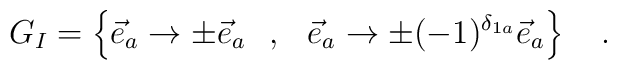
G_I=\left\{\vec{e}_a\rightarrow\pm\vec{e}_a\hspace{0.3cm},\hspace{0.3cm}\vec{e}_a\rightarrow\pm (-1)^{\delta_{1a}}\vec{e}_a \right\}\quad.